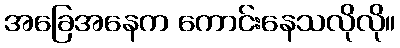
အခြေအနေက ကောင်းနေသလိုလို။